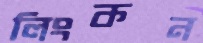
লিংকন